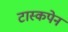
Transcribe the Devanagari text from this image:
टास्कपेन